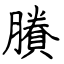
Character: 賸